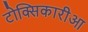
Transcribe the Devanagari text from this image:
टोक्सिकारीआ